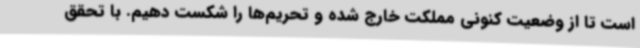
است تا از وضعیت کنونی مملکت خارج شده و تحریم‌ها را شکست دهیم. با تحقق